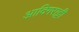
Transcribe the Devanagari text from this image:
आदिगराट्टी